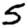
Digit: 5